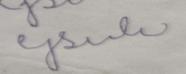
Signature authenticity: forged